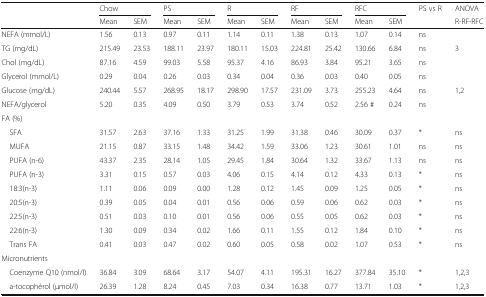
<table><thead><tr><td></td><td colspan="2"><b>Chow</b></td><td colspan="2"><b>PS</b></td><td colspan="2"><b>R</b></td><td colspan="2"><b>RF</b></td><td colspan="2"><b>RFC</b></td><td><b>PS vs R</b></td><td><b>ANOVA</b></td></tr><tr><td></td><td><b>Mean</b></td><td><b>SEM</b></td><td><b>Mean</b></td><td><b>SEM</b></td><td><b>Mean</b></td><td><b>SEM</b></td><td><b>Mean</b></td><td><b>SEM</b></td><td><b>Mean</b></td><td><b>SEM</b></td><td></td><td><b>R-RF-RFC</b></td></tr></thead><tbody><tr><td>NEFA (mmol/L)</td><td>1.56</td><td>0.13</td><td>0.97</td><td>0.11</td><td>1.14</td><td>0.11</td><td>1.38</td><td>0.13</td><td>1.07</td><td>0.14</td><td>ns</td><td></td></tr><tr><td>TG (mg/dL)</td><td>215.49</td><td>23.53</td><td>188.11</td><td>23.97</td><td>180.11</td><td>15.03</td><td>224.81</td><td>25.42</td><td>130.66</td><td>6.84</td><td>ns</td><td>3</td></tr><tr><td>Chol (mg/dL)</td><td>87.16</td><td>4.59</td><td>99.03</td><td>5.58</td><td>95.37</td><td>4.16</td><td>86.93</td><td>3.84</td><td>95.21</td><td>3.65</td><td>ns</td><td></td></tr><tr><td>Glycerol (mmol/L)</td><td>0.29</td><td>0.04</td><td>0.26</td><td>0.03</td><td>0.34</td><td>0.04</td><td>0.36</td><td>0.03</td><td>0.40</td><td>0.05</td><td>ns</td><td></td></tr><tr><td>Glucose (mg/dL)</td><td>240.44</td><td>5.57</td><td>268.95</td><td>18.17</td><td>298.90</td><td>17.57</td><td>231.09</td><td>3.73</td><td>255.23</td><td>4.64</td><td>ns</td><td>1,2</td></tr><tr><td>NEFA/glycerol</td><td>5.20</td><td>0.35</td><td>4.09</td><td>0.50</td><td>3.79</td><td>0.53</td><td>3.74</td><td>0.52</td><td>2.56 #</td><td>0.24</td><td>ns</td><td></td></tr><tr><td>FA (%)</td><td></td><td></td><td></td><td></td><td></td><td></td><td></td><td></td><td></td><td></td><td></td><td></td></tr><tr><td> SFA</td><td>31.57</td><td>2.63</td><td>37.16</td><td>1.33</td><td>31.25</td><td>1.99</td><td>31.38</td><td>0.46</td><td>30.09</td><td>0.37</td><td>*</td><td>ns</td></tr><tr><td> MUFA</td><td>21.15</td><td>0.87</td><td>33.15</td><td>1.48</td><td>34.42</td><td>1.59</td><td>33.06</td><td>1.23</td><td>30.61</td><td>1.01</td><td>ns</td><td>ns</td></tr><tr><td> PUFA (n-6)</td><td>43.37</td><td>2.35</td><td>28.14</td><td>1.05</td><td>29.45</td><td>1.84</td><td>30.64</td><td>1.32</td><td>33.67</td><td>1.13</td><td>ns</td><td>ns</td></tr><tr><td> PUFA (n-3)</td><td>3.31</td><td>0.15</td><td>0.57</td><td>0.03</td><td>4.06</td><td>0.15</td><td>4.14</td><td>0.12</td><td>4.33</td><td>0.13</td><td>*</td><td>ns</td></tr><tr><td> 18:3(n-3)</td><td>1.11</td><td>0.06</td><td>0.09</td><td>0.00</td><td>1.28</td><td>0.12</td><td>1.45</td><td>0.09</td><td>1.25</td><td>0.05</td><td>*</td><td>ns</td></tr><tr><td> 20:5(n-3)</td><td>0.39</td><td>0.05</td><td>0.04</td><td>0.01</td><td>0.56</td><td>0.06</td><td>0.59</td><td>0.06</td><td>0.62</td><td>0.03</td><td>*</td><td>ns</td></tr><tr><td> 22:5(n-3)</td><td>0.51</td><td>0.03</td><td>0.10</td><td>0.01</td><td>0.56</td><td>0.06</td><td>0.55</td><td>0.05</td><td>0.62</td><td>0.03</td><td>*</td><td>ns</td></tr><tr><td> 22:6(n-3)</td><td>1.30</td><td>0.09</td><td>0.34</td><td>0.02</td><td>1.66</td><td>0.11</td><td>1.55</td><td>0.12</td><td>1.84</td><td>0.10</td><td>*</td><td>ns</td></tr><tr><td> Trans FA</td><td>0.41</td><td>0.03</td><td>0.47</td><td>0.02</td><td>0.60</td><td>0.05</td><td>0.58</td><td>0.02</td><td>1.07</td><td>0.53</td><td>*</td><td>ns</td></tr><tr><td>Micronutrients</td><td></td><td></td><td></td><td></td><td></td><td></td><td></td><td></td><td></td><td></td><td></td><td></td></tr><tr><td> Coenzyme Q10 (nmol/l)</td><td>36.84</td><td>3.09</td><td>68.64</td><td>3.17</td><td>54.07</td><td>4.11</td><td>195.31</td><td>16.27</td><td>377.84</td><td>35.10</td><td>*</td><td>1,2,3</td></tr><tr><td> a-tocophérol (μmol/l)</td><td>26.39</td><td>1.28</td><td>8.24</td><td>0.45</td><td>7.03</td><td>0.34</td><td>16.38</td><td>0.77</td><td>13.71</td><td>1.03</td><td>*</td><td>1,2,3</td></tr></tbody></table>